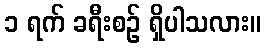
၁ ရက် ခရီးစဉ် ရှိပါသလား။